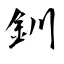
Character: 釧